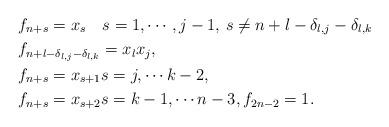
LaTeX: \begin{align*}&\,f_{n+s}=x_{s}\quad s=1,\cdots,j-1,\, s\neq n+l-\delta_{l,j}-\delta_{l,k}\\ &\,f_{n+l-\delta_{l,j}-\delta_{l,k}}=x_lx_j,\\ &\,f_{n+s}=x_{s+1} s=j,\cdots k-2,\\ &\,f_{n+s}=x_{s+2} s=k-1,\cdots n-3, f_{2n-2}=1.\\\end{align*}